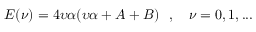
E ( \nu ) = 4 \upsilon \alpha ( \upsilon \alpha + A + B ) \ \ , \quad \nu = 0 , 1 , . . .